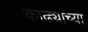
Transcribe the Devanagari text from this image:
काढ्याच्या